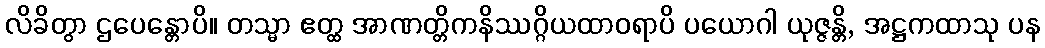
လိခိတွာ ဌပေန္တောပိ။ တသ္မာ ဧတ္ထ အာဏတ္တိကနိဿဂ္ဂိယထာဝရာပိ ပယောဂါ ယုဇ္ဇန္တိ, အဋ္ဌကထာသု ပန